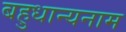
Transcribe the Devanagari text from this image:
बहुधान्यनाम